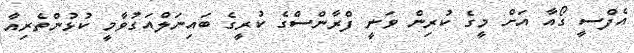
އެފްސީ ގޯއާ އަށް މީގެ ކުރިން ވަނީ ފްރާންސްގެ ކުރީގެ ބައިނަލްއަގުވާމީ ކުޅުންތެރިއާ